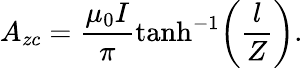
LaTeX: A_{zc}=\frac{\mu_{0}I}{\pi}\operatorname{tanh}^{-1}\! \left(\frac{l}{Z}\right).